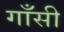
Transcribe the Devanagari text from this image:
गाँसी